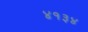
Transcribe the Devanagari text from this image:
४१३४